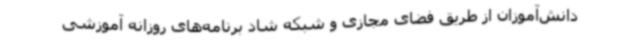
دانش‌آموزان از طریق فضای مجازی و شبکه شاد برنامه‌های روزانه آموزشی